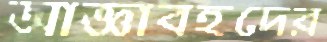
আজ্ঞাবহদের